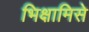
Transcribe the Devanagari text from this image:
भिक्षामिसे